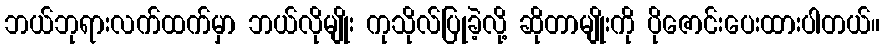
ဘယ်ဘုရားလက်ထက်မှာ ဘယ်လိုမျိုး ကုသိုလ်ပြုခဲ့လို့ ဆိုတာမျိုးကို ပိုဇောင်းပေးထားပါတယ်။